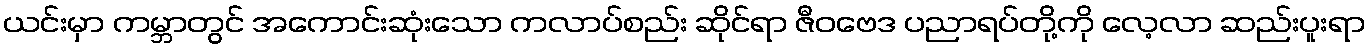
ယင်းမှာ ကမ္ဘာတွင် အကောင်းဆုံးသော ကလာပ်စည်း ဆိုင်ရာ ဇီဝဗေဒ ပညာရပ်တို့ကို လေ့လာ ဆည်းပူးရာ